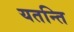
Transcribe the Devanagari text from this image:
यतन्ति